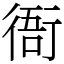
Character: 衙